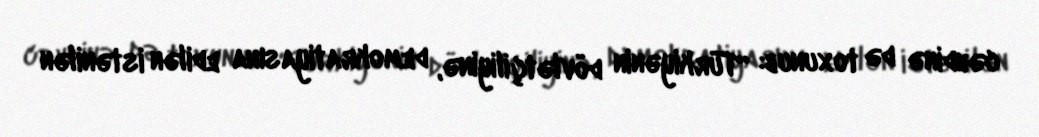
cəhdinə də toxunub: “Türkiyənin dövlətçiliyinə, demokratiyasına edilən istənilən